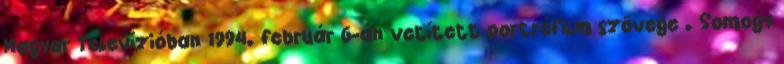
Magyar Televízióban 1994. február 6-án vetített portréfilm szövege . Somogy